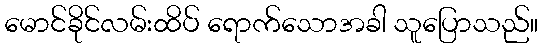
မောင်ခိုင်လမ်းထိပ် ရောက်သောအခါ သူပြောသည်။